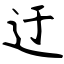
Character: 迂